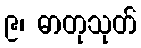
၉၊ ဓာတုသုတ်